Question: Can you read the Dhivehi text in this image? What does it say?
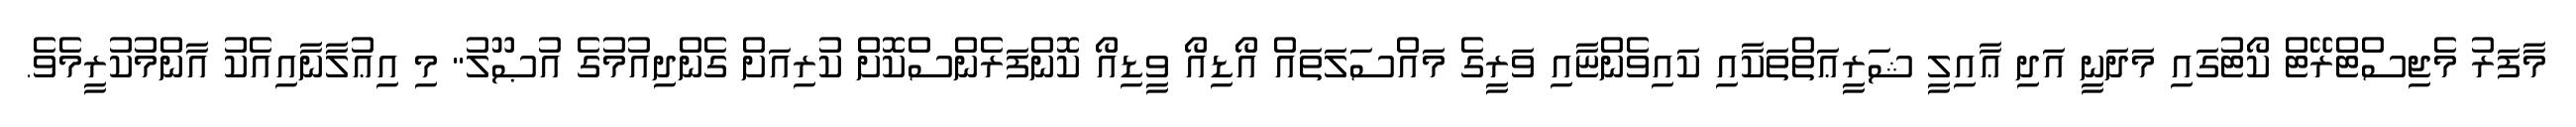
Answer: މާފަރު މެޖިސްޓްރޭޓް ކޯޓުގައި މަދަނީ އަދި ޢާއިލީ ޝަރީޢަތްތަކާއި ކައިވެންޏާއި ވަރީގެ މައްސަލަތައް އޯޑިއޯ ވީޑިއޯ ކޮންފަރެންސްކޮށް ކުރިއަށް ގެންދިއުމުގެ އުޞޫލު" މި އިޢުލާނާއިއެކު އާންމުކުރީމެވެ.